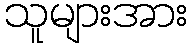
သူများအား